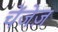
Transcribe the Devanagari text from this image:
चेंजेज़